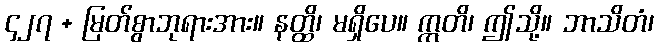
၄၂၇ + မြတ်စွာဘုရားအား။ နတ္ထိ၊ မရှိပေ။ ဣတိ၊ ဤသို့။ ဘာသိတံ၊